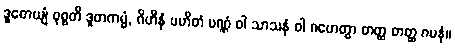
ဒူတေယျံ ဝုစ္စတိ ဒူတကမ္မံ, ဂိဟီနံ ပဟိတံ ပဏ္ဏံ ဝါ သာသနံ ဝါ ဂဟေတွာ တတ္ထ တတ္ထ ဂမနံ။